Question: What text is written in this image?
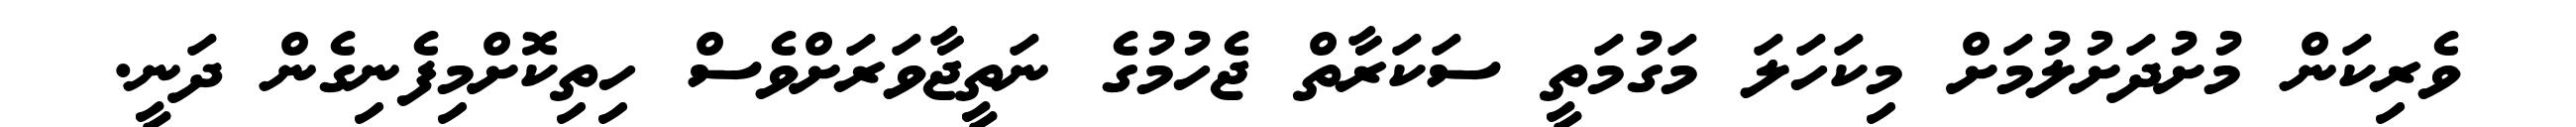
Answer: ވެރިކަން މުށުދަށުލުމަށް މިކަހަލަ މަގުމަތީ ސަކަރާތް ޖެހުމުގެ ނަތީޖާވަރަށްވެސް ހިތިކޮށްމިފެނިގެން ދަނީ.